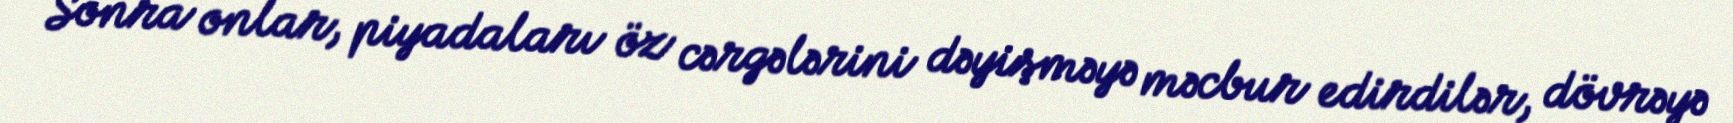
Sonra onlar, piyadaları öz cərgələrini dəyişməyə məcbur edirdilər, dövrəyə